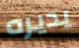
يديره